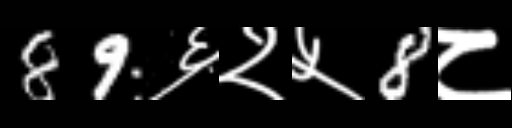
Text: 89६२५8८